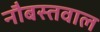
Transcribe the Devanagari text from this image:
नौबस्तवाल